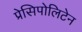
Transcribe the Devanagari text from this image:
प्रेसिपोलिटेन